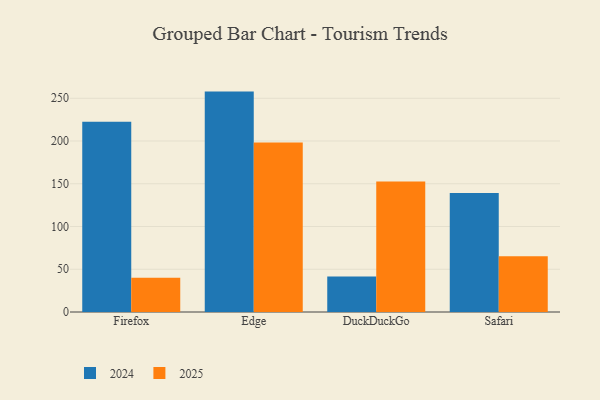
{"axis": {"x": "Browser", "y": "Humidity (%)"}, "legend": ["2024", "2025"], "data": [{"x": "Firefox", "y": 222.4, "type": "2024"}, {"x": "Firefox", "y": 40.1, "type": "2025"}, {"x": "Edge", "y": 257.8, "type": "2024"}, {"x": "Edge", "y": 198.3, "type": "2025"}, {"x": "DuckDuckGo", "y": 41.4, "type": "2024"}, {"x": "DuckDuckGo", "y": 152.6, "type": "2025"}, {"x": "Safari", "y": 139.2, "type": "2024"}, {"x": "Safari", "y": 65.2, "type": "2025"}]}